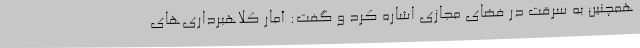
همچنین به سرقت در فضای مجازی اشاره کرد و گفت: آمار کلاهبرداری‌های